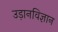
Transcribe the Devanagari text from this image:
उड़ानविज्ञान